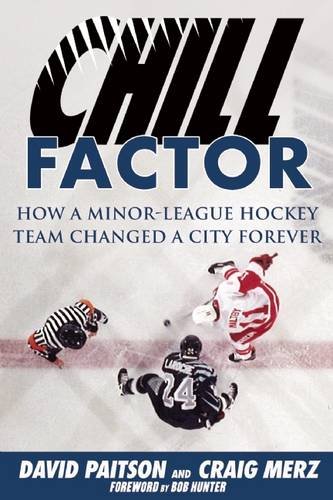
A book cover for Chill Factor: How a Minor-League Hockey Team Changed a City Forever; David Paitson; Business & Money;